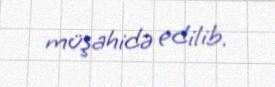
müşahidə edilib.